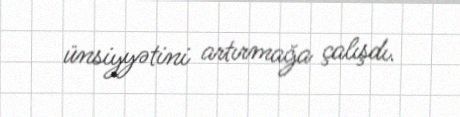
ünsiyyətini artırmağa çalışdı.